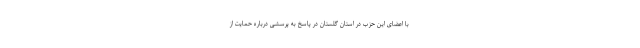
با اعضای این حزب در استان گلستان در پاسخ به پرسشی درباره حمایت از